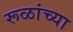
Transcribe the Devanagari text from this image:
रूळांच्या